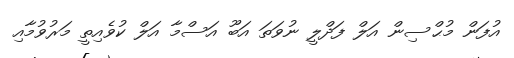
އުފަން މުޙްސިން އަލް ފަދްލީ ނުވަތަ އަބޫ އަސްމާ އަލް ކުވެއިތީ މަރުވުމާއި